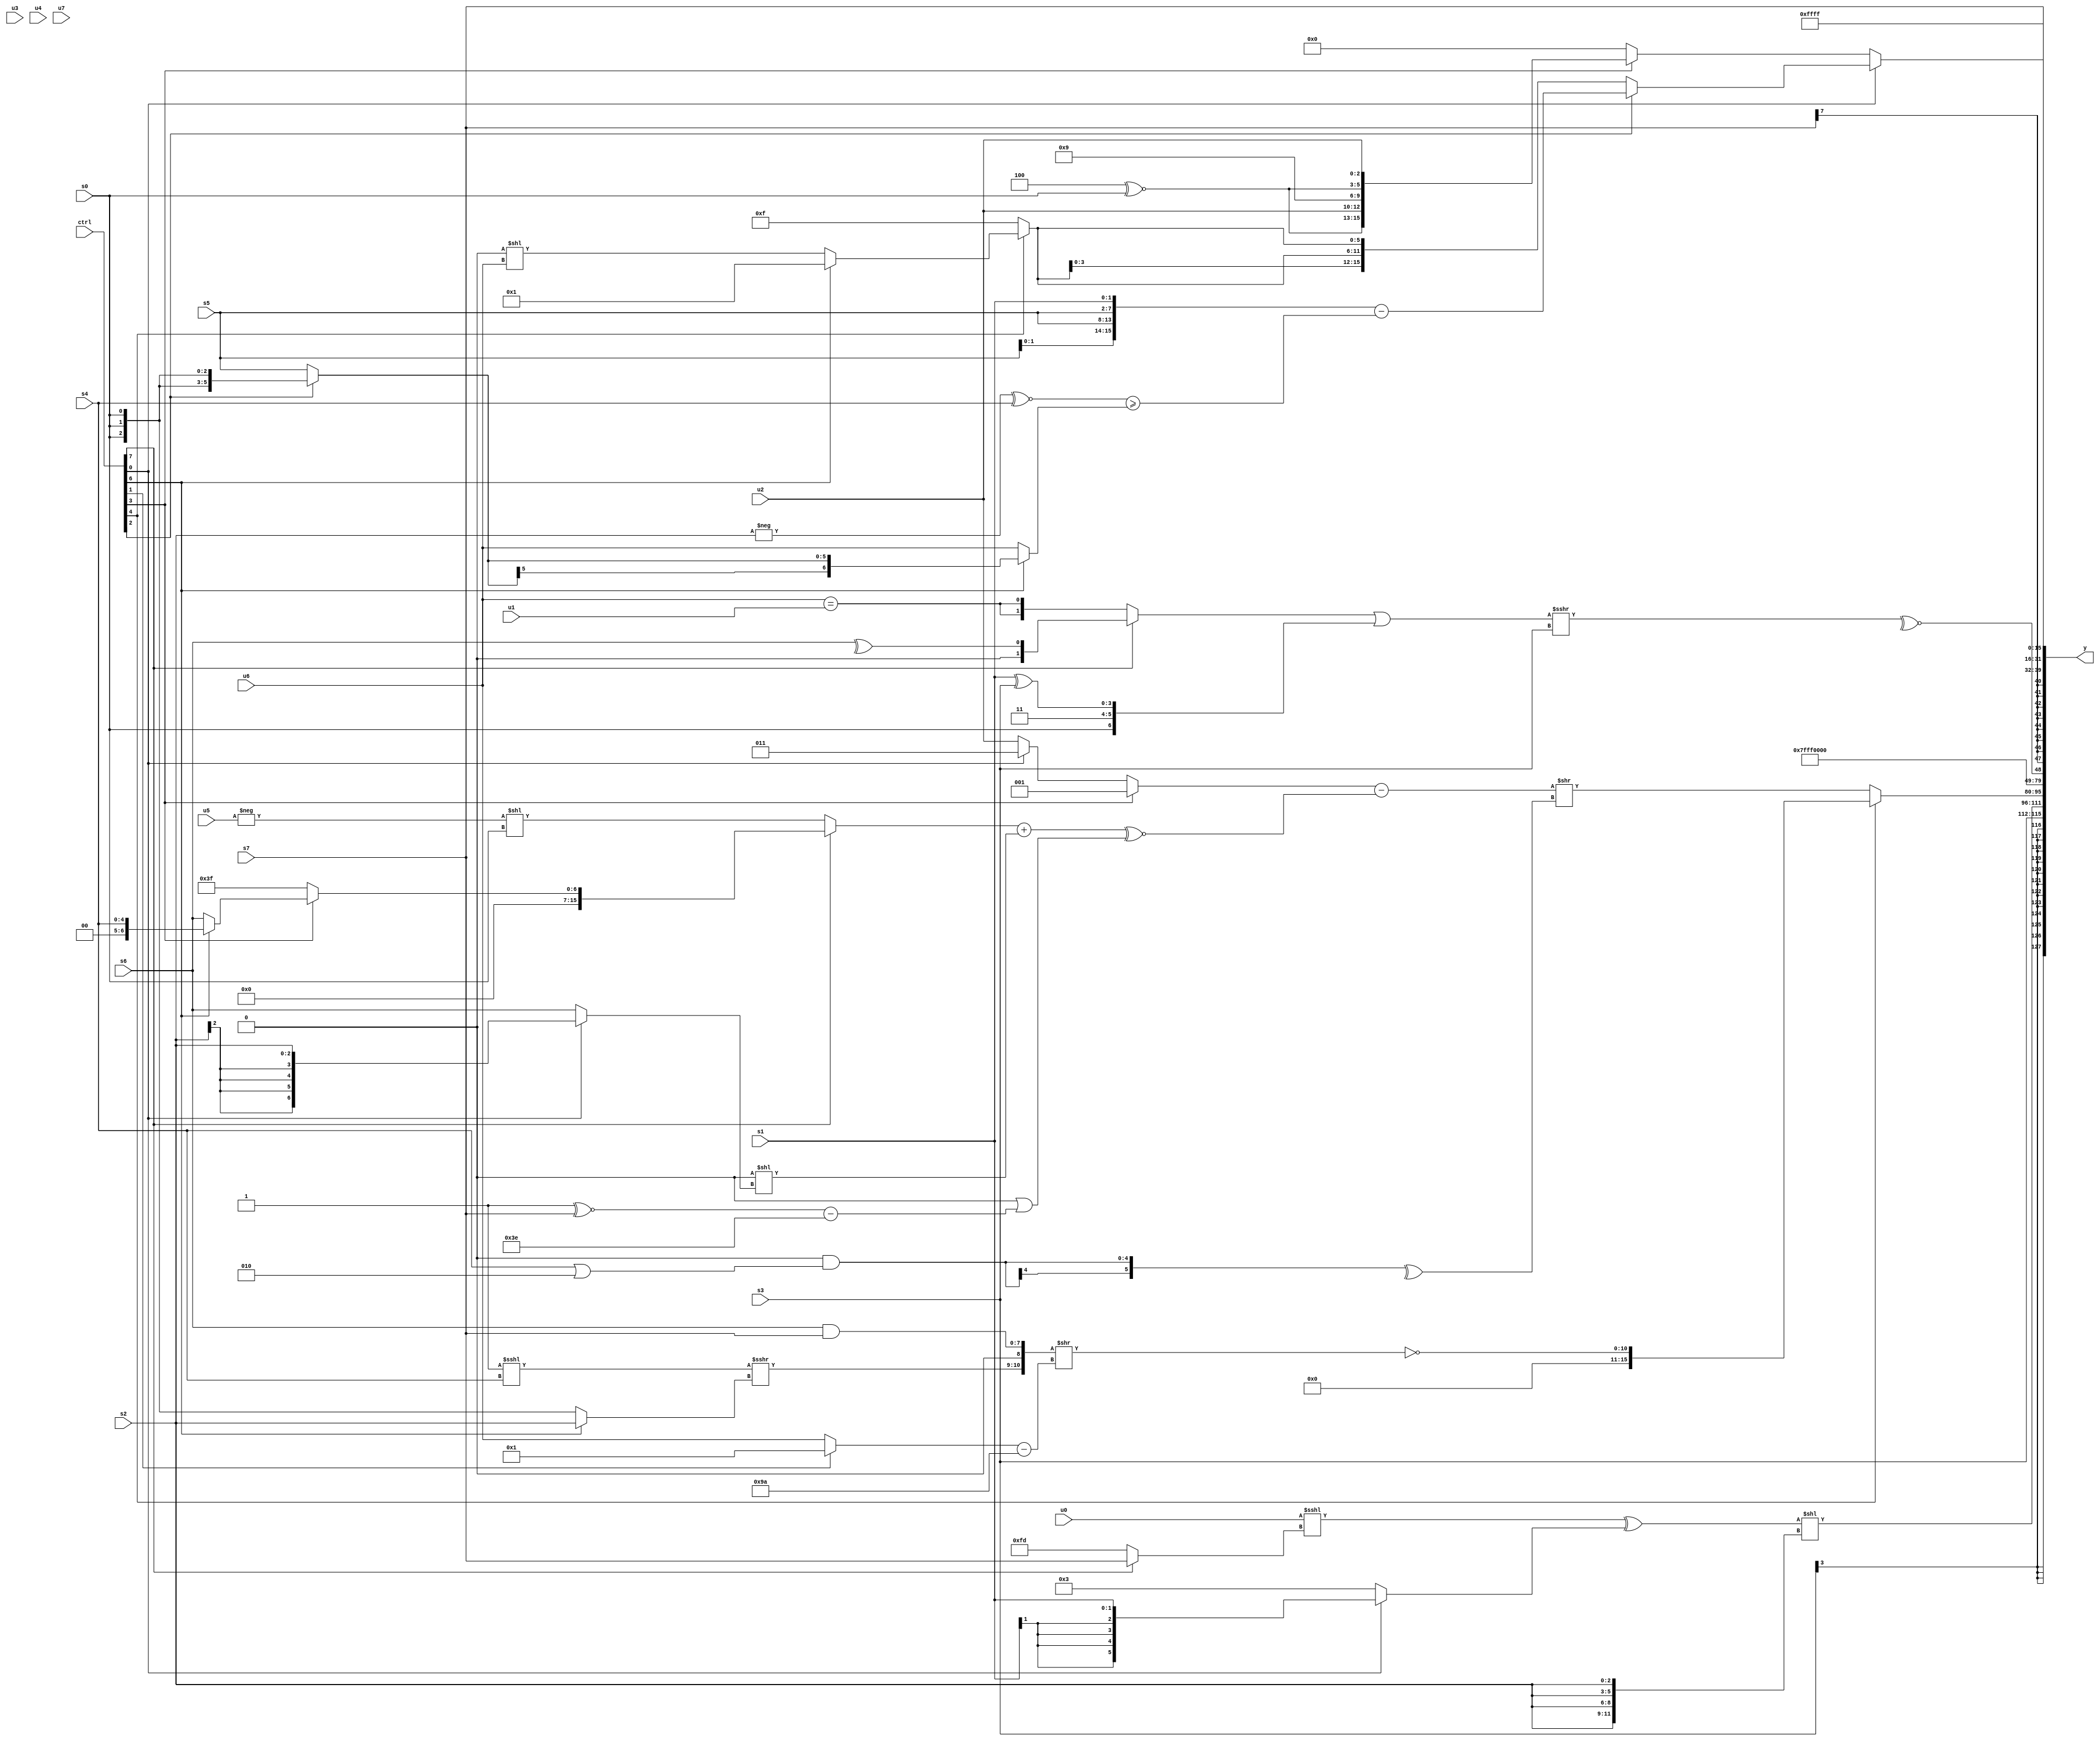
module wideexpr_00116(ctrl, u0, u1, u2, u3, u4, u5, u6, u7, s0, s1, s2, s3, s4, s5, s6, s7, y);
  input [7:0] ctrl;
  input [0:0] u0;
  input [1:0] u1;
  input [2:0] u2;
  input [3:0] u3;
  input [4:0] u4;
  input [5:0] u5;
  input [6:0] u6;
  input [7:0] u7;
  input signed [0:0] s0;
  input signed [1:0] s1;
  input signed [2:0] s2;
  input signed [3:0] s3;
  input signed [4:0] s4;
  input signed [5:0] s5;
  input signed [6:0] s6;
  input signed [7:0] s7;
  output [127:0] y;
  wire [15:0] y0;
  wire [15:0] y1;
  wire [15:0] y2;
  wire [15:0] y3;
  wire [15:0] y4;
  wire [15:0] y5;
  wire [15:0] y6;
  wire [15:0] y7;
  assign y = {y0,y1,y2,y3,y4,y5,y6,y7};
  assign y0 = s3;
  assign y1 = +(((($signed(u0))<<<((ctrl[7]?s7:3'sb101)))^((ctrl[0]?s1:6'sb000011)))<<({4{s2}}));
  assign y2 = (ctrl[4]?$signed(~($signed(({((2'sb11)<<<(s4))>>>((ctrl[6]?s2:s0)),$signed(!(3'sb011)),$signed((s6)&(s7))})>>(((ctrl[1]?3'sb001:+(u6)))-(-({2{4'b0110}})))))):(((ctrl[3]?1'sb1:(ctrl[0]?3'sb011:+(u2))))-((((ctrl[7]?(ctrl[3]?(ctrl[6]?s4:s6):6'sb111111):(-(u5))<<($unsigned(s0))))+(((4'sb1011)>>>(4'sb1000))<<({1{(ctrl[0]?s2:s6)}})))^~((1'sb0)|(((1'sb1)^~(s7))-(6'sb111110)))))>>(^((-(($signed($signed(6'sb001000)))<<<(4'sb0101)))&((s4)|($signed($unsigned(-(4'sb1110))))))));
  assign y3 = 2'sb10;
  assign y4 = ~^((((ctrl[7]?^(s6):{2{(u6)==(u1)}}))|(({$signed(s0),2'sb11,(s1)^(s3)})<<<(5'sb00000)))>>>(s3));
  assign y5 = s7;
  assign y6 = $signed(1'sb1);
  assign y7 = (ctrl[0]?(ctrl[2]?({(+(u0))&($signed(s7)),$unsigned((s7)^(1'sb1)),{4{$signed(s5)}},s1})-(((-(s2))^~(s4))>=((ctrl[6]?(ctrl[2]?s0:s5):$signed(u6)))):{4{(ctrl[4]?(ctrl[6]?(4'sb1011)!=(1'sb1):(1'b0)<<(u6)):-((6'sb110001)-(1'sb0)))}}):(ctrl[3]?{3{+({4'sb1001,(3'sb100)^~(s0),u2})}}:1'sb0));
endmodule